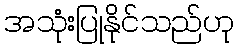
အသုံးပြုနိုင်သည်ဟု